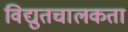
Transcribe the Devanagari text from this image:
विद्युतचालकता